Annual report of the Punjab Veterinary College and of the Civil Veterinary Department, Punjab - 1926-1932
Year: 1926
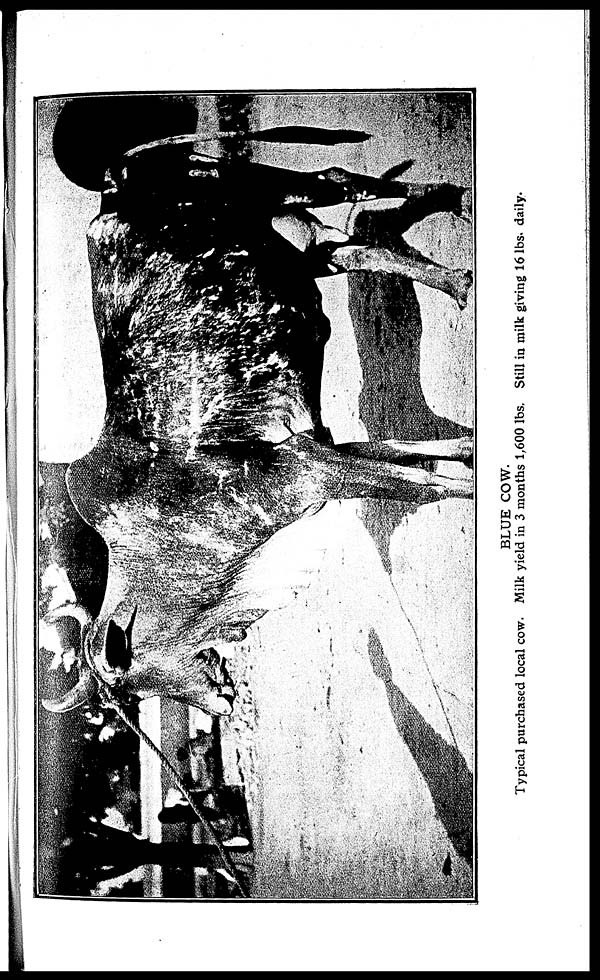
BLUE COW.
Typical purchased local cow. Milk yield in 3 months 1,600 lbs. Still in milk giving 16 lbs. daily.